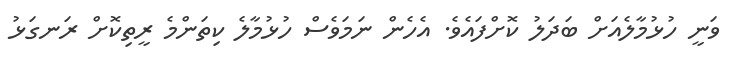
ވަނީ ހުޅުމާލެއަށް ބަދަލު ކޮށްފައެވެ. އެހެން ނަމަވެސް ހުޅުމާލެ ކިތަންމެ ރީތިކޮށް ރަނގަޅު